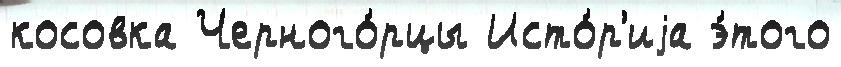
косовка Черного́рцы Исто́р'иjа э́того